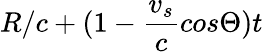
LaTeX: R/c+(1-\frac{v_{s}}{c}cos\Theta)t